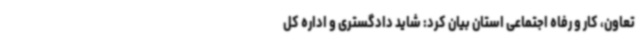
تعاون، کار و رفاه اجتماعی استان بیان کرد: شاید دادگستری و اداره کل